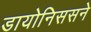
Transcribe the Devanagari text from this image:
डायोनिससने